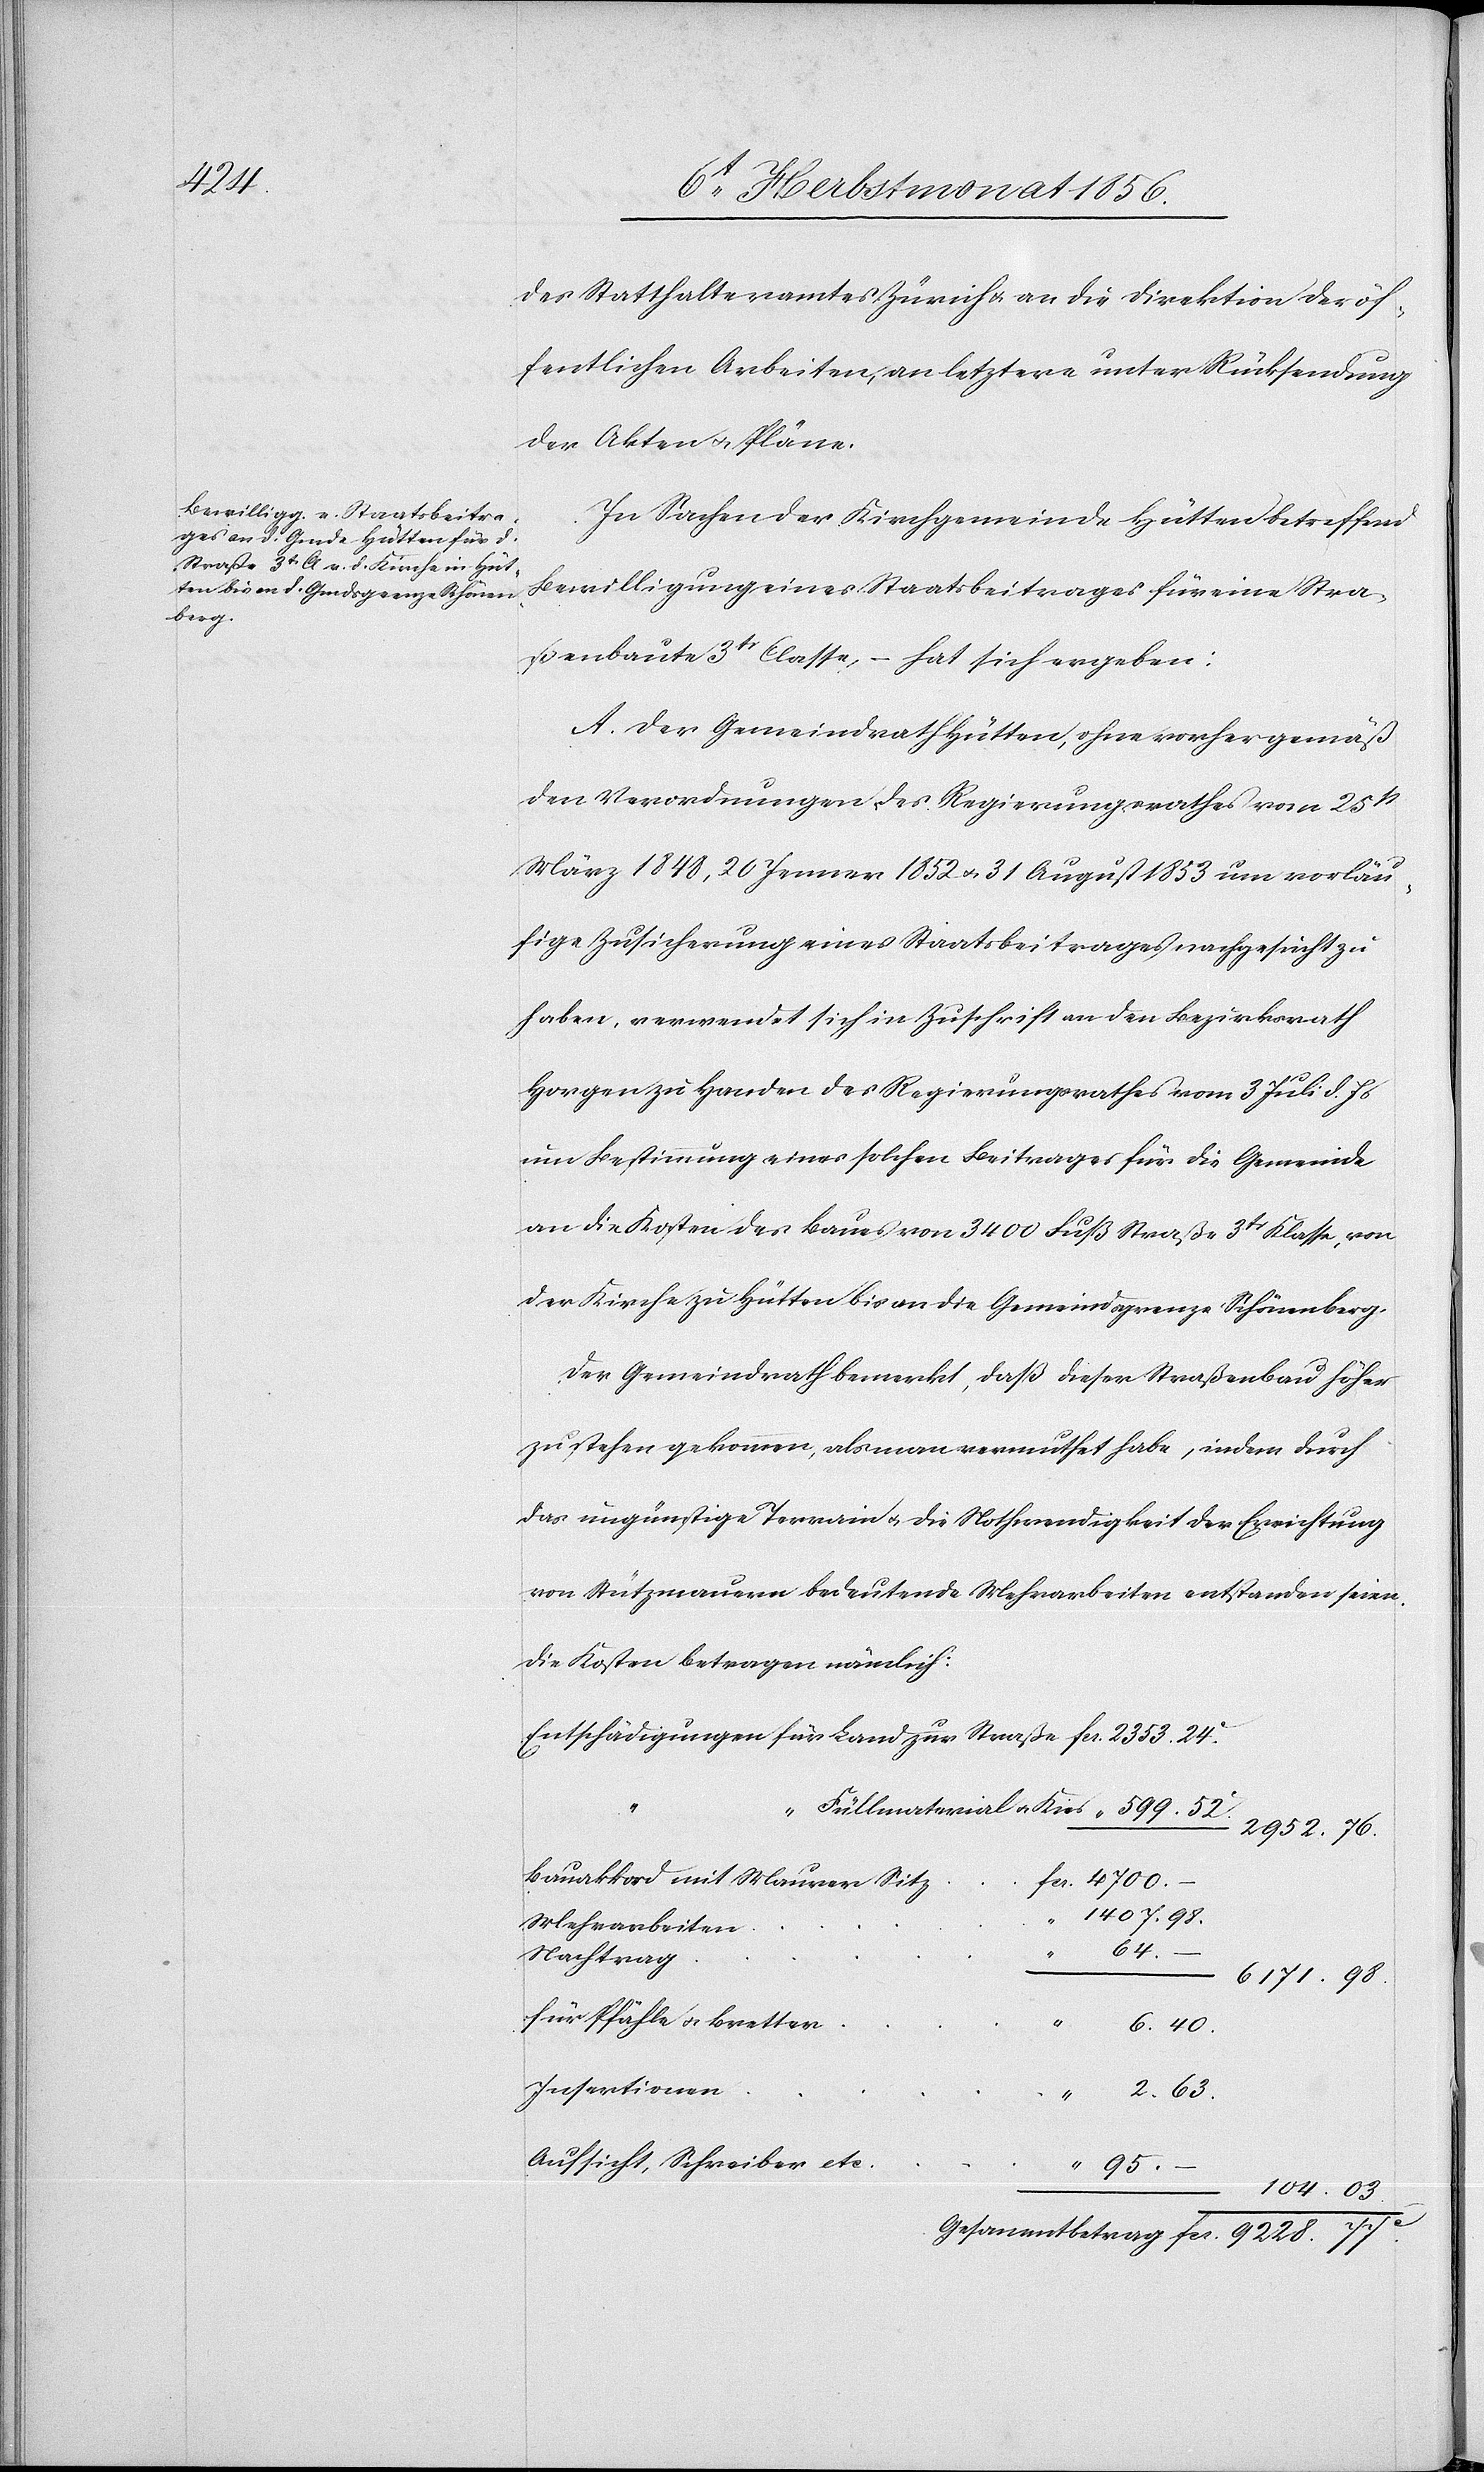
104.

des Statthalteramtes Zürich u. an die Direktion der öf¬
fentlichen Arbeiten, an letztere unter Rücksendung
der Akten u. Pläne.
In Sachen der Kirchgemeinde Hütten betreffend
Bewilligung eines Staatsbeitrages für eine Stra¬
ßenbaute 3tr Classe, – hat sich ergeben:
A. Der Gemeindrath Hütten, ohne vorher gemäß
den Verordnungen des Regierungsrathes vom 25st
März 1848, 20 Jenner 1852 u. 31 August 1853 um vorläu¬
fige Zusicherung eines Staatsbeitrages nachgesucht zu
haben, verwendet sich in Zuschrift an den Bezirksrath
Horgen zu Handen des Regierungsrathes vom 3 Juli d. Js
um Bestimmung eines solchen Beitrages für die Gemeinde
an die Kosten des Baues von 3400 Fuß Straße 3tr Klasse, von
der Kirche zu Hütten bis an die Gemeindsgrenze Schönenberg.
Der Gemeindrath bemerkt, daß dieser Straßenbau höher
zu stehen gekommen, als man vermuthet habe, indem durch
das ungünstige Terrain u. die Nothwendigkeit der Errichtung
von Stützmauern bedeutende Mehrarbeiten entstanden seien.
Die Kosten betragen nämlich:
Füllmaterial u. Kies
2952.
Bauakkord mit Maurer Sitz
Mehrarbeiten
–
63.
Nachtrag
für Pfähle u. Bretter
03.
Insertionen
Aufsicht, Schreiber etc.
95.